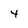
Character: 4